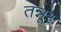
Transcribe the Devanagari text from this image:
तन्नूर